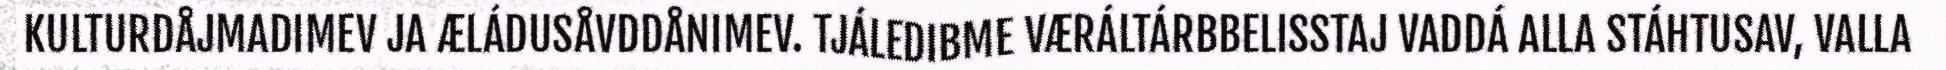
KULTURDÅJMADIMEV JA ÆLÁDUSÅVDDÅNIMEV. TJÁLEDIBME VÆRÁLTÁRBBELISSTAJ VADDÁ ALLA STÁHTUSAV, VALLA